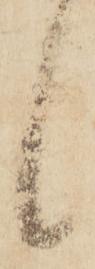
候